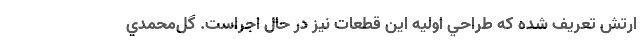
ارتش تعريف شده كه طراحي اوليه اين قطعات نيز در حال اجراست. گل‌محمدي